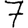
Digit: 7